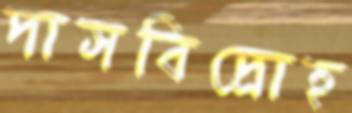
দাসবিদ্রোহ